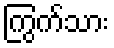
ကြွက်သား